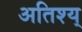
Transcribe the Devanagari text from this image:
अतिश्य्